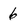
Character: 6